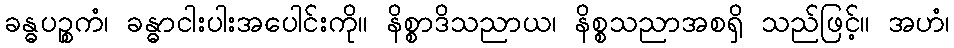
ခန္ဓပဉ္စကံ၊ ခန္ဓာငါးပါးအပေါင်းကို။ နိစ္စာဒိသညာယ၊ နိစ္စသညာအစရှိ သည်ဖြင့်။ အဟံ၊